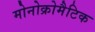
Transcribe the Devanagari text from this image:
मोनोक्रोमैटिक